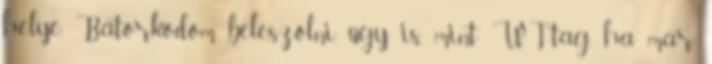
helye. Bátorkodom beleszólni, úgy is, mint WT-tag, ha már